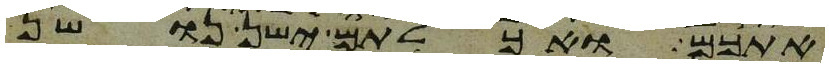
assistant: אתכם ואכלתם ישן נושן